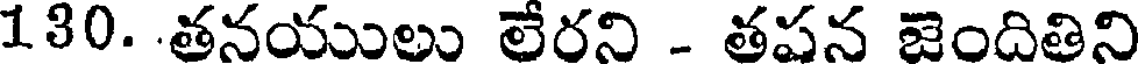
130. .తనయులు లేరని - తపన జెందితిని